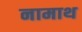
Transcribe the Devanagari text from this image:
नामाथ